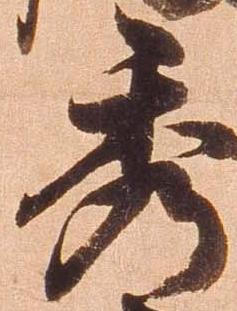
秀